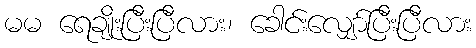
မမ ရေချိုးပြီးပြီလား၊ ခေါင်းလျှော်ပြီးပြီလား